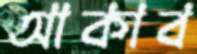
আকাব